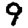
Digit: 9